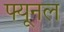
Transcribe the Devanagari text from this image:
फ्यूनल